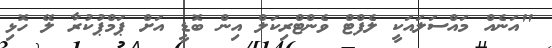
"އަނެއް މައްސަލައަކީ ލެފްޓް ވެންޓްރިކަލް އިން ބޮޑީ އަށް ޕަމްޕުކުރާ ލޭ ހޮޅި